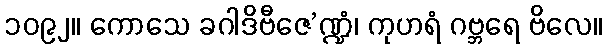
၁၀၉၂။ ကောသေ ခဂါဒိဗီဇေ’ဏ္ဍံ၊ ကုဟရံ ဂဗ္ဘရေ ဗိလေ။